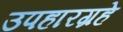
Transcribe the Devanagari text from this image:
उपहारग्रहे